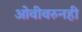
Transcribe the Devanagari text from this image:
ओवीवरुनही